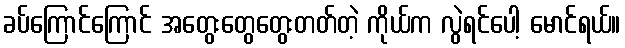
ခပ်ကြောင်ကြောင် အတွေးတွေတွေးတတ်တဲ့ ကိုယ်က လွဲရင်ပေါ့ မောင်ရယ်။